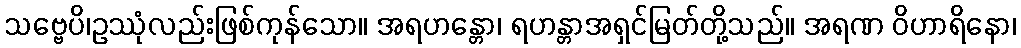
သဗ္ဗေပိ၊ဥဿုံလည်းဖြစ်ကုန်သော။ အရဟန္တော၊ ရဟန္တာအရှင်မြတ်တို့သည်။ အရဏ ဝိဟာရိနော၊